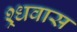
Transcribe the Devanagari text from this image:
श्र्धवास